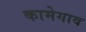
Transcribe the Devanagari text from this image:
कामेगाव